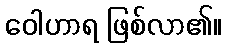
ဝေါဟာရ ဖြစ်လာ၏။